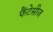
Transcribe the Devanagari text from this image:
फैंटेसीज